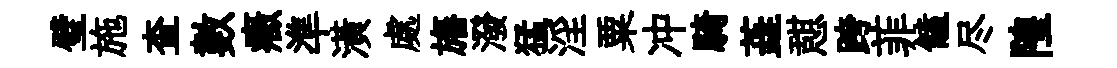
璧施查數癥準潢處旛潑猛淫粟冲騎蕋憇跨菲饁尽隍